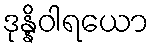
ဒုန္နိဝါရယော